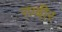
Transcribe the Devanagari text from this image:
रण्बीर